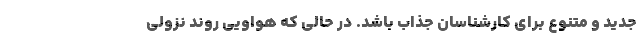
جدید و متنوع برای کارشناسان جذاب باشد. در حالی که هواویی روند نزولی